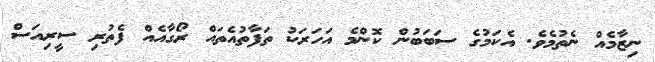
ނިޒާމެއް ނެތުމެވެ. އެކަމުގެ ސަބަބުން ކޮންމެ އަހަރަކު ތަފާތުއެތައް ރޯގާއެއް ފެތުރި ސީރިއަސް